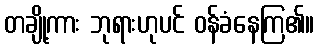
တချို့ကား ဘုရားဟုပင် ဝန်ခံနေကြ၏။